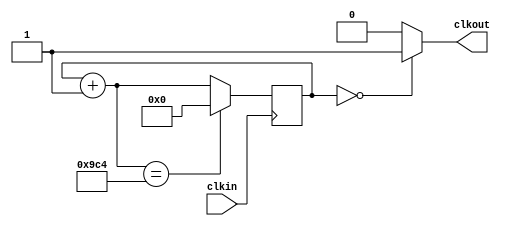
module clockdiv_en2500(clkin, clkout);

	input clkin;
	output clkout;
	
	reg [20:0] count;
	
	initial count = 0;
	
	assign clkout = count==0 ? 1 : 0;
	
	always @(posedge clkin) begin
		count = count + 1;
		if (count == 2500)
			count = 0;
	end

endmodule